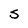
Character: S